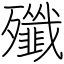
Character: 殲